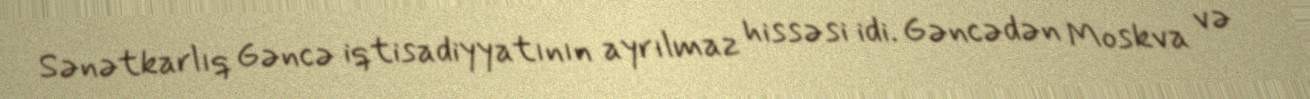
Sənətkarlıq Gəncə iqtisadiyyatının ayrılmaz hissəsi idi. Gəncədən Moskva və